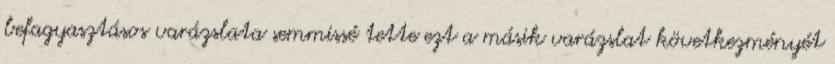
befagyasztásos varázslata semmissé tette ezt a másik varázslat következményét